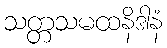
သတ္တသမထနိဒါနံ